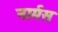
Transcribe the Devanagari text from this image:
नार्मस